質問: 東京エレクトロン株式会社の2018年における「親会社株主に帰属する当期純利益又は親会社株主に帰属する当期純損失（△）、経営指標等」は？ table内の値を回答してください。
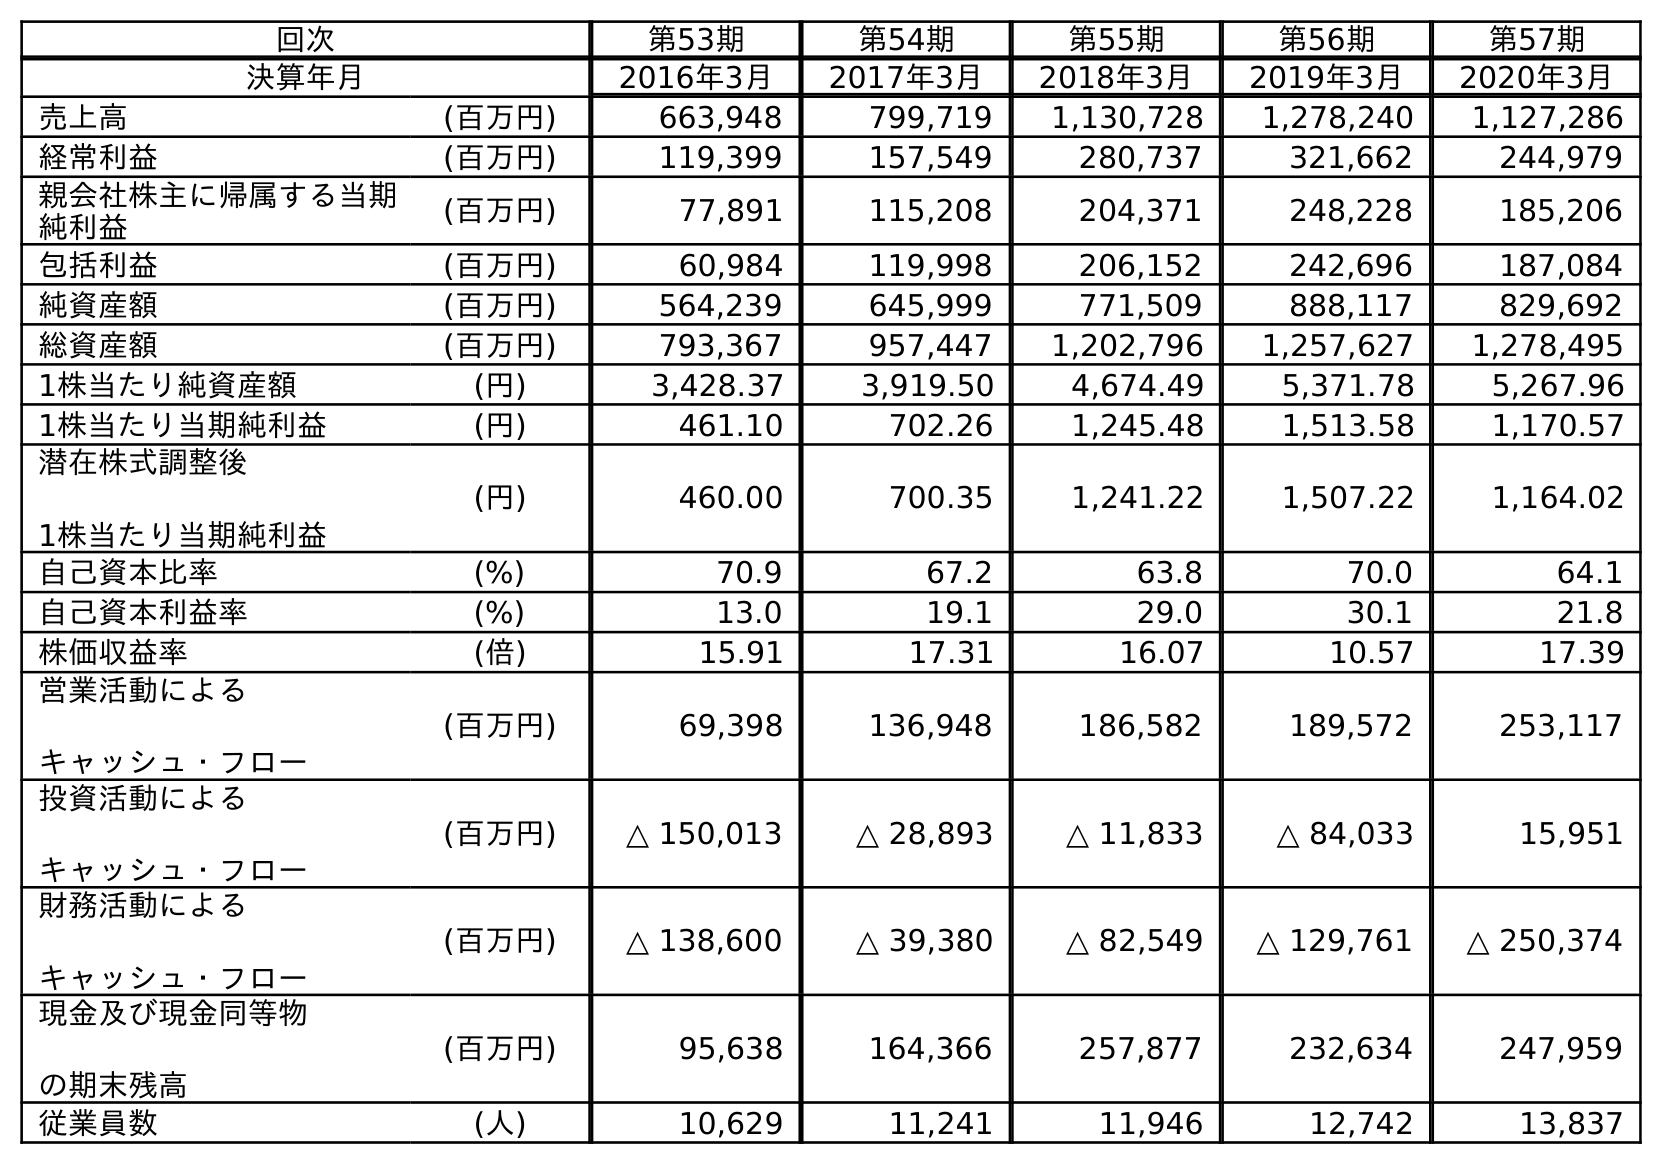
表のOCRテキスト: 回次 第53期 第54期 第55期 第56期 第57期 決算年月 2016年3月 2017年3月 2018年3月 2019年3月 2020年3月 売上高 (百万円) 663,948 799,719 1,130,728 1,278,240 1,127,286 経常利益 (百万円) 119,399 157,549 280,737 321,662 244,979 親会社株主に帰属する当期 純利益 (百万円) 77,891 115,208 204,371 248,228 185,206 包括利益 (百万円) 60,984 119,998 206,152 242,696 187,084 純資産額 (百万円) 564,239 645,999 771,509 888,117 829,692 総資産額 (百万円) 793,367 957,447 1,202,796 1,257,627 1,278,495 1株当たり純資産額 (円) 3,428.37 3,919.50 4,674.49 5,371.78 5,267.96 1株当たり当期純利益 (円) 461.10 702.26 1,245.48 1,513.58 1,170.57 潜在株式調整後 1株当たり当期純利益 (円) 460.00 700.35 1,241.22 1,507.22 1,164.02 自己資本比率 (%) 70.9 67.2 63.8 70.0 64.1 自己資本利益率 (%) 13.0 19.1 29.0 30.1 21.8 株価収益率 (倍) 15.91 17.31 16.07 10.57 17.39 営業活動による キャッシュ・フロー (百万円) 69,398 136,948 186,582 189,572 253,117 投資活動による キャッシュ・フロー (百万円) △ 150,013 △ 28,893 △ 11,833 △ 84,033 15,951 財務活動による キャッシュ・フロー (百万円) △ 138,600 △ 39,380 △ 82,549 △ 129,761 △ 250,374 現金及び現金同等物 の期末残高 (百万円) 95,638 164,366 257,877 232,634 247,959 従業員数 (人) 10,629 11,241 11,946 12,742 13,837
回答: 204,371